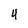
Character: 4